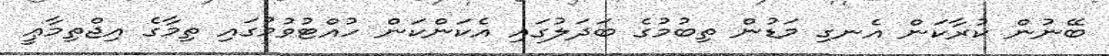
ބޭނުން ކުރާކަން އެނގި މަޑުން ތިބުމުގެ ބަދަލުގައި އެކަންކަން ހުއްޓުވުމުގައި ތިމާގެ އިޖްތިމާޢީ